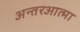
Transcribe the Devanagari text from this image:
अन्तरआत्मा